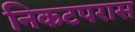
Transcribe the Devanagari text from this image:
निकटपरास